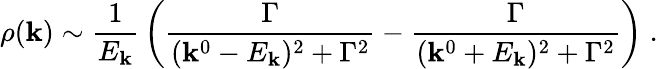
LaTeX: \rho(\mathbf{k})\sim{\frac{{1}}{{E_{\mathbf{k}}}}}\left({\frac{{\Gamma}}{{(\mathbf{k}^{0}-E_{\mathbf{k}})^{2}+\Gamma^{2}}}}-{\frac{{\Gamma}}{{(\mathbf{k}^{0}+E_{\mathbf{k}})^{2}+\Gamma^{2}}}}\right)\; .